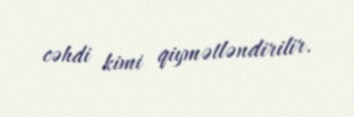
cəhdi kimi qiymətləndirilir.